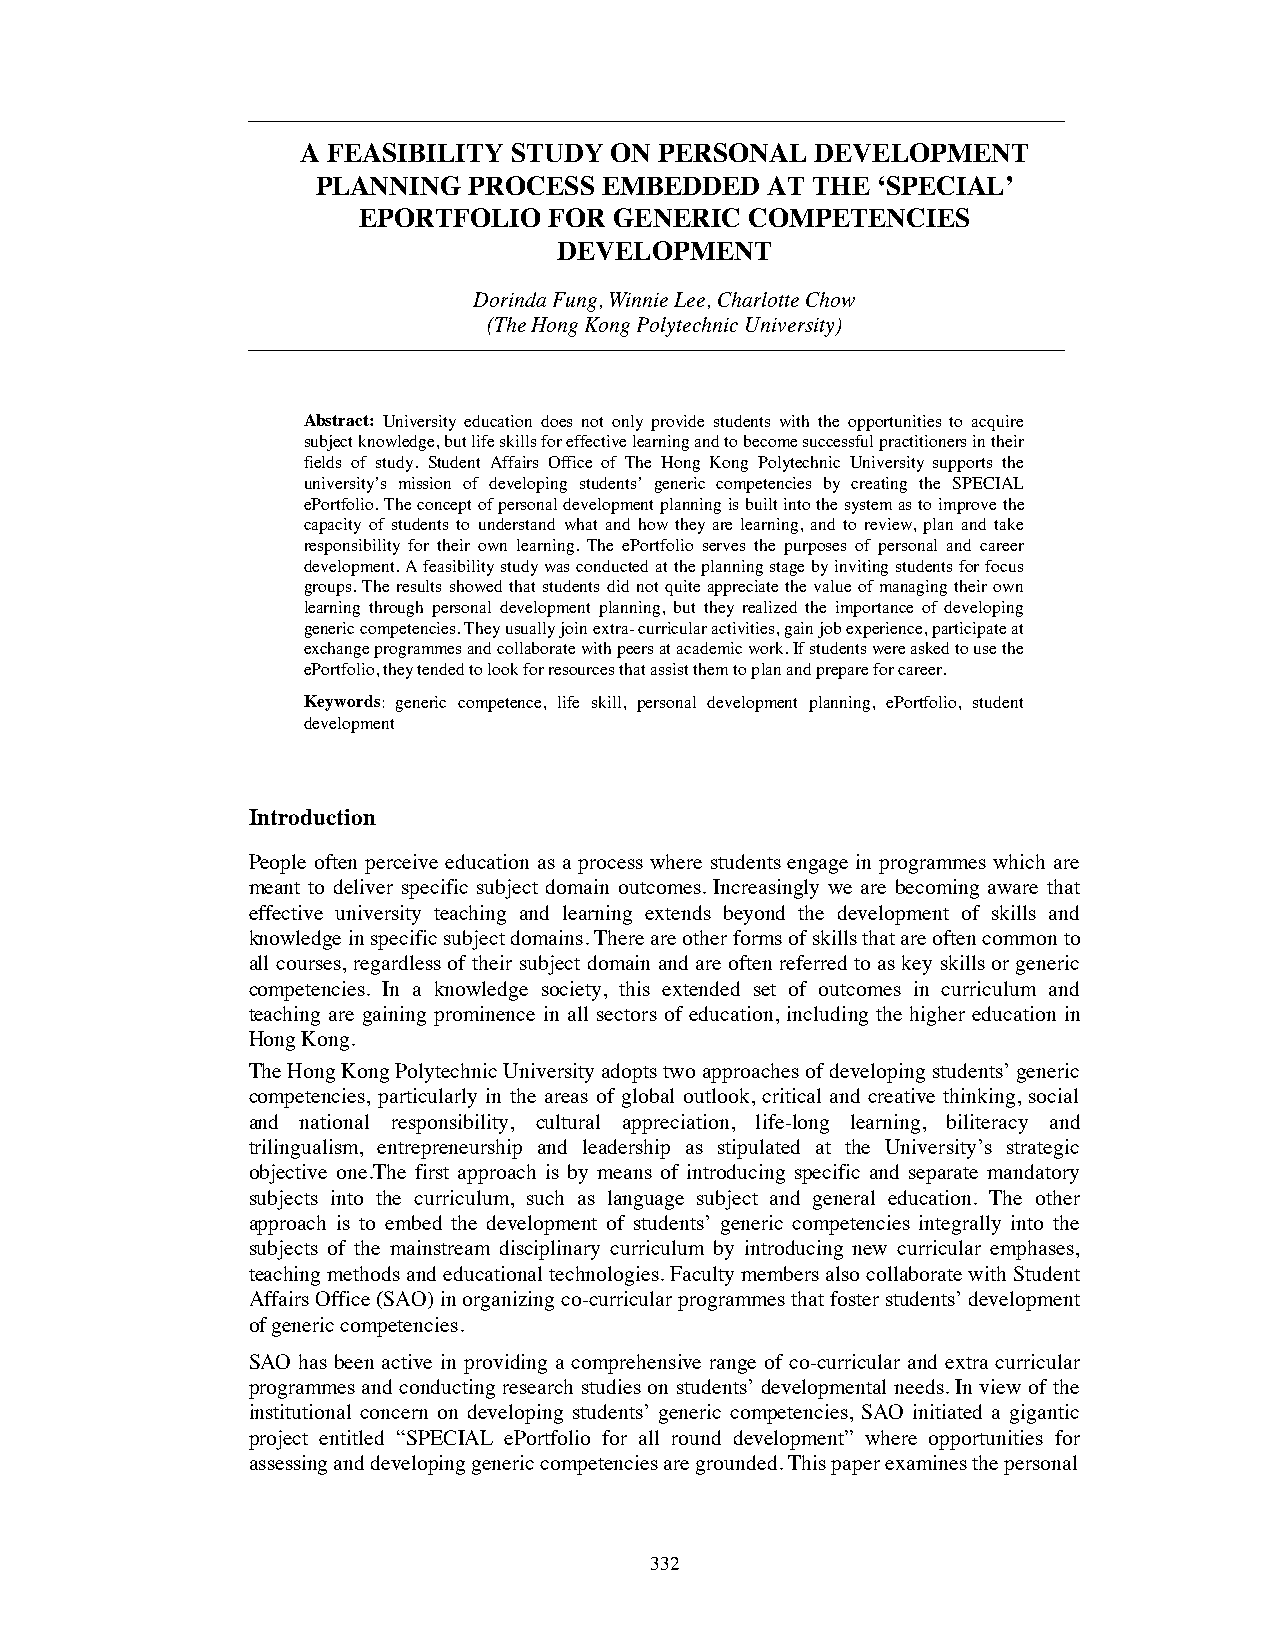
A FEASIBILITY STUDY ON  PERSONAL  DEVELOPMENT
 PLANNING  PROCESS  EMBEDDED   AT THE ‘SPECIAL’
 EPORTFOLIO  FOR  GENERIC  COMPETENCIES
 DEVELOPMENT
 Dorinda Fung, Winnie Lee, Charlotte Chow
 (The Hong Kong Polytechnic University)
 Abstract: University education does not only provide students with the opportunities to acquire
 subject knowledge, but life skills for effective learning and to become successful practitioners in their
 fields of study. Student Affairs Office of The Hong Kong Polytechnic University supports the
 university’s mission of developing students’ generic competencies by creating the SPECIAL
 ePortfolio. The concept of personal development planning is built into the system as to improve the
 capacity of students to understand what and how they are learning, and to review, plan and take
 responsibility for their own learning. The ePortfolio serves the purposes of personal and career
 development. A feasibility study was conducted at the planning stage by inviting students for focus
 groups. The results showed that students did not quite appreciate the value of managing their own
 learning through personal development planning, but they realized the importance of developing
 generic competencies. They usually join extra- curricular activities, gain job experience, participate at
 exchange programmes and collaborate with peers at academic work. If students were asked to use the
 ePortfolio, they tended to look for resources that assist them to plan and prepare for career.
 Keywords: generic competence, life skill, personal development planning, ePortfolio, student
 development
 Introduction
 People often perceive education as a process where students engage in programmes which are
 meant to deliver specific subject domain outcomes. Increasingly we are becoming aware that
 effective university teaching and learning extends beyond the development of skills and
 knowledge in specific subject domains. There are other forms of skills that are often common to
 all courses, regardless of their subject domain and are often referred to as key skills or generic
 competencies. In a knowledge society, this extended set of outcomes in curriculum and
 teaching are gaining prominence in all sectors of education, including the higher education in
 Hong Kong.
 The Hong Kong Polytechnic University adopts two approaches of developing students’ generic
 competencies, particularly in the areas of global outlook, critical and creative thinking, social
 and national responsibility, cultural appreciation, life-long learning, biliteracy and
 trilingualism, entrepreneurship and leadership as stipulated at the University’s strategic
 objective one.The first approach is by means of introducing specific and separate mandatory
 subjects into the curriculum, such as language subject and general education. The other
 approach is to embed the development of students’ generic competencies integrally into the
 subjects of the mainstream disciplinary curriculum by introducing new curricular emphases,
 teaching methods and educational technologies. Faculty members also collaborate with Student
 Affairs Office (SAO) in organizing co-curricular programmes that foster students’ development
 of generic competencies.
 SAO has been active in providing a comprehensive range of co-curricular and extra curricular
 programmes and conducting research studies on students’ developmental needs. In view of the
 institutional concern on developing students’ generic competencies, SAO initiated a gigantic
 project entitled “SPECIAL ePortfolio for all round development” where opportunities for
 assessing and developing generic competencies are grounded. This paper examines the personal
 332